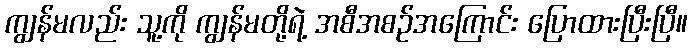
ကျွန်မလည်း သူ့ကို ကျွန်မတို့ရဲ့ အစီအစဉ်အကြောင်း ပြောထားပြီးပြီ။